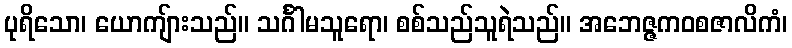
ပုရိသော၊ ယောကျ်ားသည်။ သင်္ဂါမသူရော၊ စစ်သည်သူရဲသည်။ အဘေဇ္ဇကဝစဇာလိကံ၊